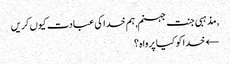
, مذہبی جنت جہنم, ہم خدا کی عبادت کیوں کریں
← خدا کو کیا پرواہ ؟